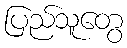
ပြည်သူတွေ